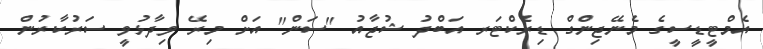
އެމްޓީޑީސީގެ މެނޭޖިންގް ޑިރެކްޓަރ އަބްދު ޝުޖާއު "ސަން" އަށް މިރޭ ވިދާޅުވީ ސަރުކާރުން